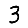
Digit: 3